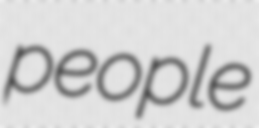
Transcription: people